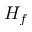
H _ { f }